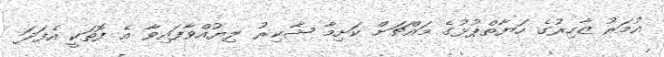
އުމަރު ޒާހިރުގެ ހަޔާތްޕުޅުގެ މައްޗަށް ކަށިމާ ޝާކިރު ލިޔުއްވާފައިވާ އެ ފޮތަކީ އެފަދަ